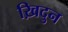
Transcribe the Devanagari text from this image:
ख़िदुन